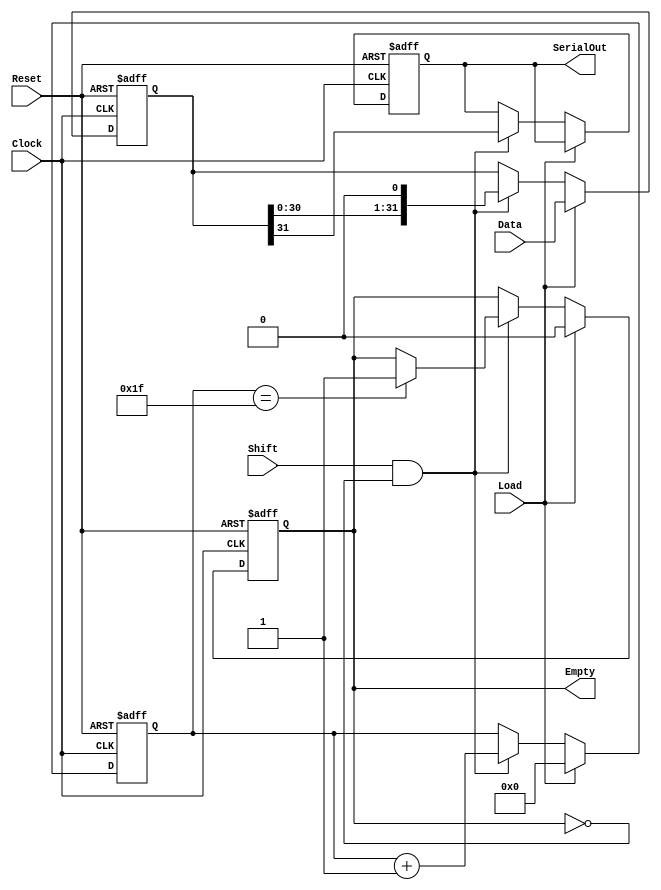
module PISO_32bit (
    input wire [31:0] Data,    // 32-bit parallel input data bus
    input wire Load,           // Control signal to load data
    input wire Shift,          // Control signal to enable shifting
    input wire Clock,          // Clock signal
    input wire Reset,          // Asynchronous reset signal
    output reg SerialOut,      // Serial output
    output reg Empty           // Indicates if the register is empty
);

    reg [31:0] shift_reg;      // 32-bit shift register
    reg [4:0] bit_count;       // 5-bit counter for tracking shifted bits
    
    // Asynchronous reset
    always @(posedge Reset or posedge Clock) begin
        if (Reset) begin
            shift_reg <= 32'b0;  // Clear shift register
            bit_count <= 5'd0;    // Clear bit counter
            SerialOut <= 1'b0;     // Clear serial output
            Empty <= 1'b1;         // Initially empty
        end else begin
            if (Load) begin
                shift_reg <= Data; // Load data into shift register
                bit_count <= 5'd0;  // Reset bit count
                Empty <= 1'b0;      // Register is not empty after load
            end else if (Shift && !Empty) begin
                SerialOut <= shift_reg[31]; // Shift out MSB
                shift_reg <= {shift_reg[30:0], 1'b0}; // Shift left
                bit_count <= bit_count + 1; // Increment bit counter

                // Check if all bits have been shifted out
                if (bit_count == 5'd31) begin
                    Empty <= 1'b1; // Register is empty after full shift
                end
            end
        end
    end
endmodule